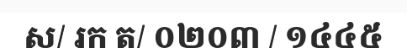
ស/ រក ត/ ០២០៣ / ១៤៤៥